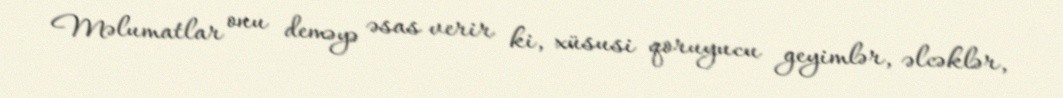
Məlumatlar onu deməyə əsas verir ki, xüsusi qoruyucu geyimlər, əlcəklər,